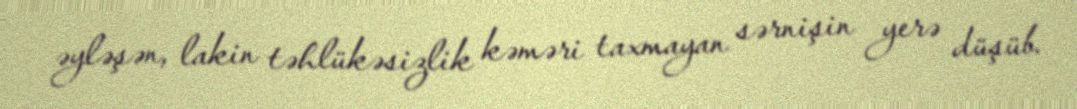
əyləşən, lakin təhlükəsizlik kəməri taxmayan sərnişin yerə düşüb.